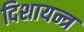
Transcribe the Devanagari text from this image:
दिशायन्त्र